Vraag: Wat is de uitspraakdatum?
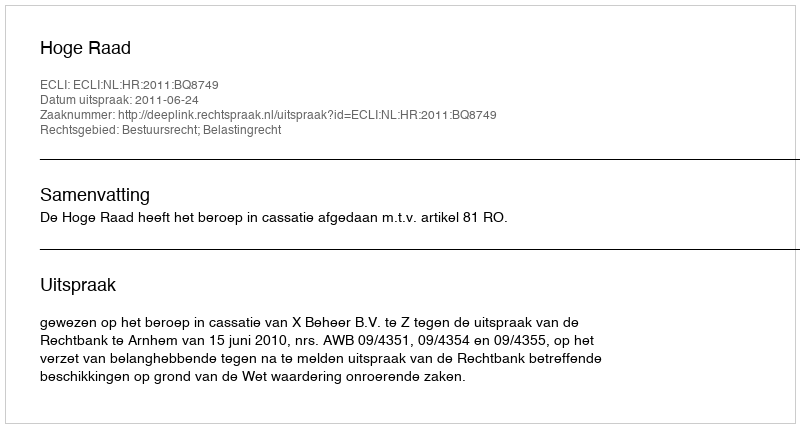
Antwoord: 2011-06-24